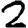
Digit: 2